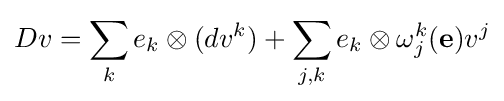
Dv=\sum _{k}e_{k}\otimes (dv^{k})+\sum _{j,k}e_{k}\otimes \omega _{j}^{k}(\mathbf {e} )v^{j}